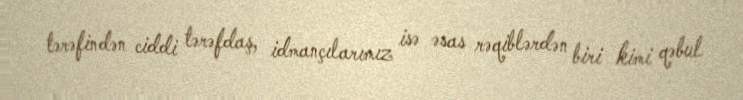
tərəfindən ciddi tərəfdaş, idmançılarımız isə əsas rəqiblərdən biri kimi qəbul